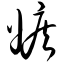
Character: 嫉